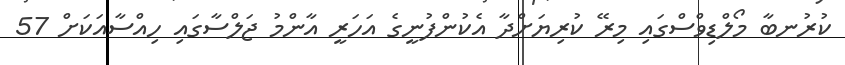
ކުރުނބާ މޯލްޑިވްސްގައި މިރޭ ކުރިޔަށްދާ އެކުންފުނީގެ އަހަރީ އާންމު ޖަލްސާގައި ހިއްސާއަކަށް 57